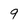
Character: 9